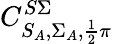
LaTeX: C_{S_{A},\Sigma_{A},\frac{1}{2}\pi}^{S\Sigma}